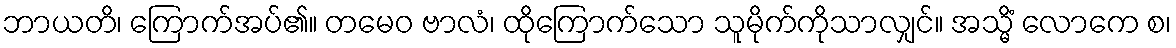
ဘာယတိ၊ ကြောက်အပ်၏။ တမေဝ ဗာလံ၊ ထိုကြောက်သော သူမိုက်ကိုသာလျှင်။ အသ္မိံ လောကေ စ၊